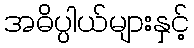
အဓိပ္ပါယ်များနှင့်